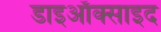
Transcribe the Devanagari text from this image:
डाइऑक्साइद